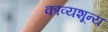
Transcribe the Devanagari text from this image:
काव्यशून्य